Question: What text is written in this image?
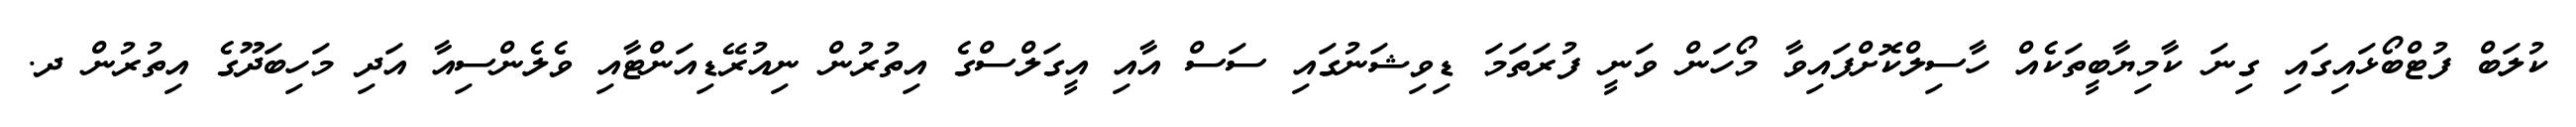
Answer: ކުލަބް ފުޓްބޯޅައިގައި ގިނަ ކާމިޔާބީތަކެއް ހާސިލްކޮށްފައިވާ މޯހަން ވަނީ ފުރަތަމަ ޑިވިޝަނުގައި ސަސް އާއި އީގަލްސްގެ އިތުރުން ނިއުރޭޑިއަންޓާއި ވެލެންސިއާ އަދި މަހިބަދޫގެ އިތުރުން ދ.